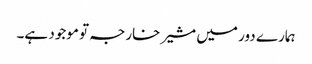
ہمارے دور میں مشیر خارجہ تو موجود ہے۔